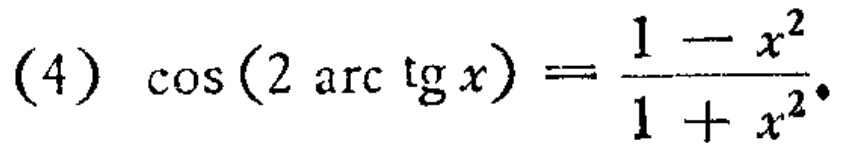
\((4)\ \cos(2\arctan x)=\frac{1 - x^{2}}{1 + x^{2}}\)